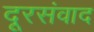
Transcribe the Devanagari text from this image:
दूरसंवाद